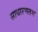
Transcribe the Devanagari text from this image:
साधारणतम